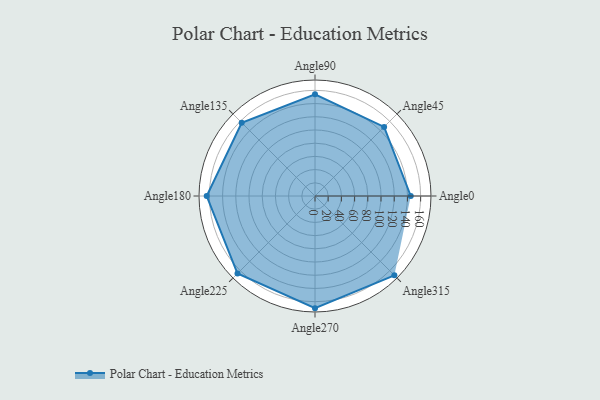
{"axis": {"x": "Angle", "y": "Radius"}, "legend": [""], "data": [{"x": "Angle0", "y": 145.0, "type": ""}, {"x": "Angle45", "y": 148.0, "type": ""}, {"x": "Angle90", "y": 154.0, "type": ""}, {"x": "Angle135", "y": 157.0, "type": ""}, {"x": "Angle180", "y": 164.0, "type": ""}, {"x": "Angle225", "y": 166.0, "type": ""}, {"x": "Angle270", "y": 170, "type": ""}, {"x": "Angle315", "y": 170, "type": ""}]}